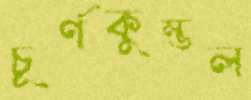
চূর্ণকুম্ভল